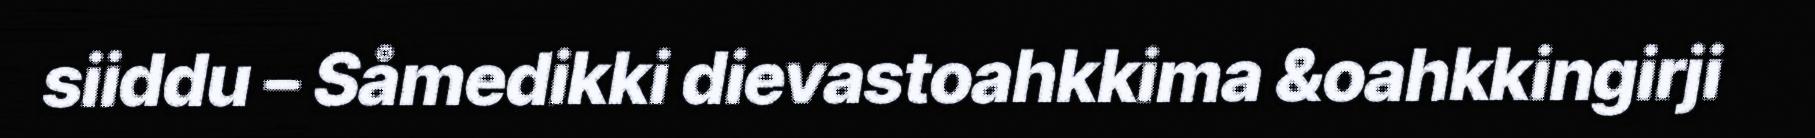
siiddu – Såmedikki dievastoahkkima &oahkkingirji